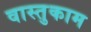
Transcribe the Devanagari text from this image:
वास्तुकाम